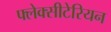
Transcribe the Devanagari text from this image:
फ्लेक्सीटेरियन